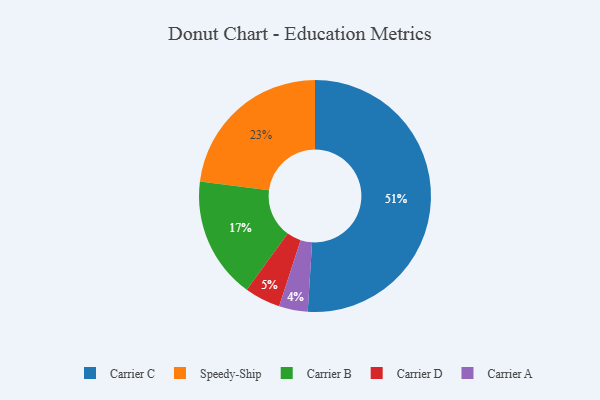
{"axis": {"x": "Category", "y": "Percentage"}, "legend": ["Carrier A", "Carrier B", "Carrier C", "Carrier D", "Speedy-Ship"], "data": [{"x": "Carrier D", "y": 5, "type": "Carrier D"}, {"x": "Carrier C", "y": 51, "type": "Carrier C"}, {"x": "Carrier A", "y": 4, "type": "Carrier A"}, {"x": "Carrier B", "y": 17, "type": "Carrier B"}, {"x": "Speedy-Ship", "y": 23, "type": "Speedy-Ship"}]}